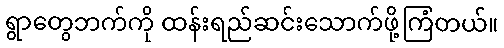
ရွာတွေဘက်ကို ထန်းရည်ဆင်းသောက်ဖို့ကြံတယ်။